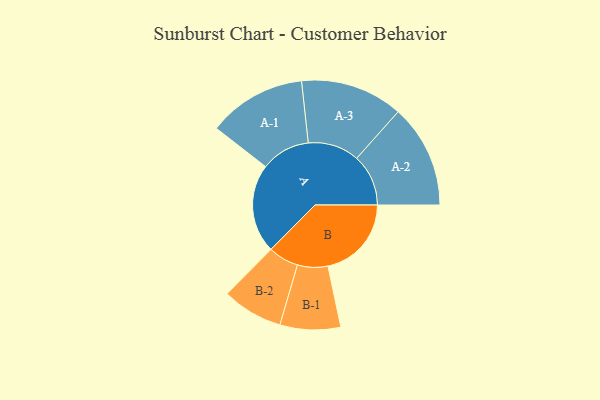
{"axis": {"x": "Segment", "y": "Value"}, "legend": ["", "A", "B"], "data": [{"x": "A", "y": 461, "type": ""}, {"x": "B", "y": 433, "type": ""}, {"x": "A-1", "y": 255, "type": "A"}, {"x": "A-2", "y": 268, "type": "A"}, {"x": "A-3", "y": 266, "type": "A"}, {"x": "B-1", "y": 157, "type": "B"}, {"x": "B-2", "y": 158, "type": "B"}]}